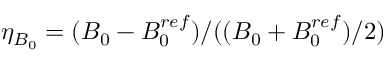
\eta _ { B _ { 0 } } = ( B _ { 0 } - B _ { 0 } ^ { r e f } ) / ( ( B _ { 0 } + B _ { 0 } ^ { r e f } ) / 2 )